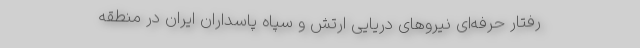
رفتار حرفه‌ای نیروهای دریایی ارتش و سپاه پاسداران ایران در منطقه